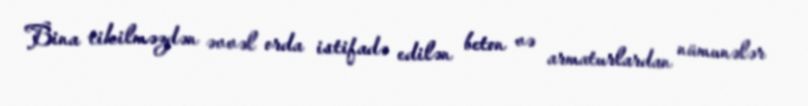
Bina tikilməzdən əvvəl orda istifadə edilən beton və armaturlardan nümunələr